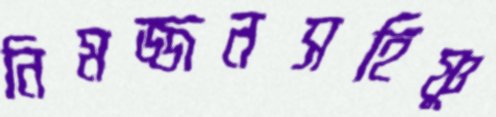
নিমজ্জনসহিষ্ণু